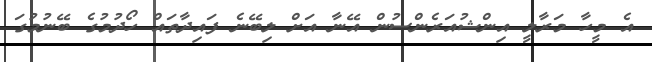
އެ މީހާ މަރާލީ އިންޝުއަރެންސުން އޭނާ އަށް ލިބޭނެ ފައިދާތައް ހޯދުމުގެ ބޭނުމުގަ